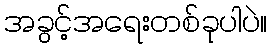
အခွင့်အရေးတစ်ခုပါပဲ။